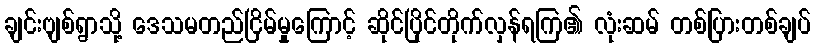
ချင်းဗျစ်ရွာသို့ ဒေသမတည်ငြိမ်မှုကြောင့် ဆိုင်ပြိုင်တိုက်လှန်ရကြ၏ လုံးဆမ် တစ်ပြားတစ်ချပ်